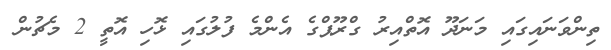
ތިންވަނައިގައި މަނަދޫ އޮތްއިރު ގްރޫޕްގެ އެންމެ ފުލުގައި ޅޮހި އޮތީ 2 މެޗުން